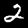
Digit: 2